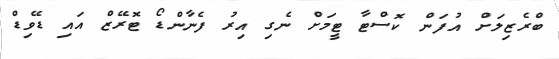
ބްރެޒިލަށް އުފަން ކޮސްޓާ ޓީމަށް ނެގި އިރު ފެނާންޑޯ ޓޮރޭޒް އައި ޑޭވިޑް